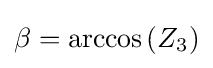
\beta =\arccos \left(Z_{3}\right)